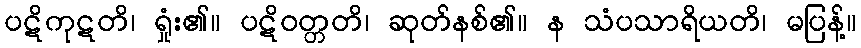
ပဋိကုဋတိ၊ ရှုံး၏။ ပဋိဝတ္တတိ၊ ဆုတ်နစ်၏။ န သံပသာရိယတိ၊ မပြန့်။